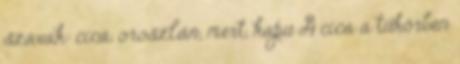
szavak: cica, oroszlán, mert, kapu A cica a tükörben